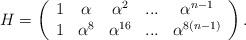
LaTeX: \begin{align*}H=\left( \begin{array}{ccccc}1 & \alpha & \alpha ^{2} & ... & \alpha ^{n-1} \\ 1 & \alpha ^{8} & \alpha ^{16} & ... & \alpha ^{8(n-1)}\end{array}\right) . \end{align*}